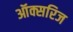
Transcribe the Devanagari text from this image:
ऑक्सरिज